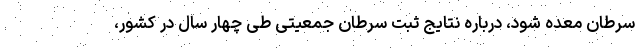
سرطان معده شود، درباره نتایج ثبت سرطان جمعیتی طی چهار سال در کشور،